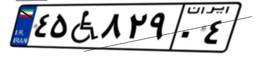
۴۵W۸۲۹۰۴